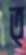
ত্